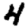
Digit: 4